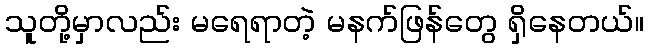
သူတို့မှာလည်း မရေရာတဲ့ မနက်ဖြန်တွေ ရှိနေတယ်။